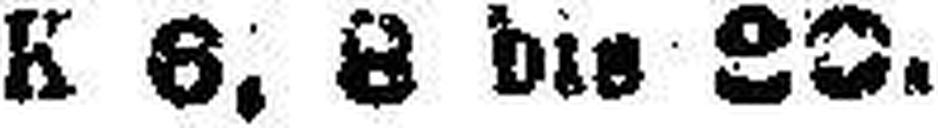
K 6, 8 bis 20.